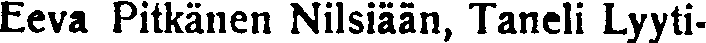
Eeva Pitkänen Nilsiään, Taneli Lyyti-